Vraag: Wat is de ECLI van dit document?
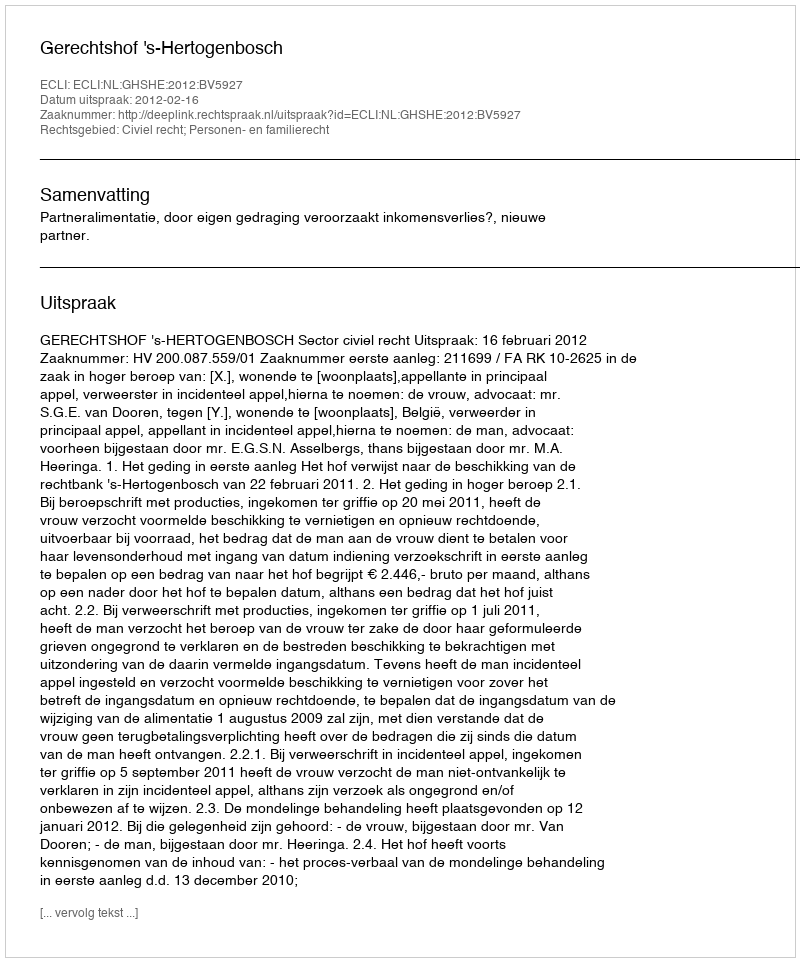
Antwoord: ECLI:NL:GHSHE:2012:BV5927